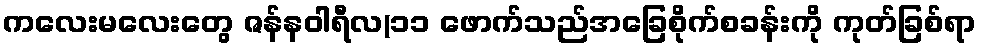
ကလေးမလေးတွေ ဇန်နဝါရီလ(၁၁ ဖောက်သည်အခြေစိုက်စခန်းကို ကုတ်ခြစ်ရာ